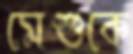
মেশুকে